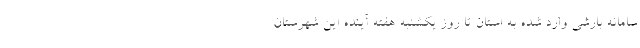
سامانه بارشی وارد شده به استان تا روز یکشنبه هفته آینده این شهرستان